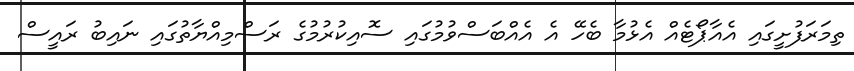
ތިމަރަފުށީގައި އެއާޕޯޓެއް އެޅުމާ ބެހޭ އެ އެއްބަސްވުމުގައި ސޮއިކުރުމުގެ ރަސްމިއްޔާތުގައި ނައިބު ރައީސް